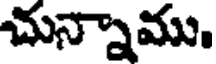
చున్నాము.